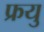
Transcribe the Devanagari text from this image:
फ्रयु